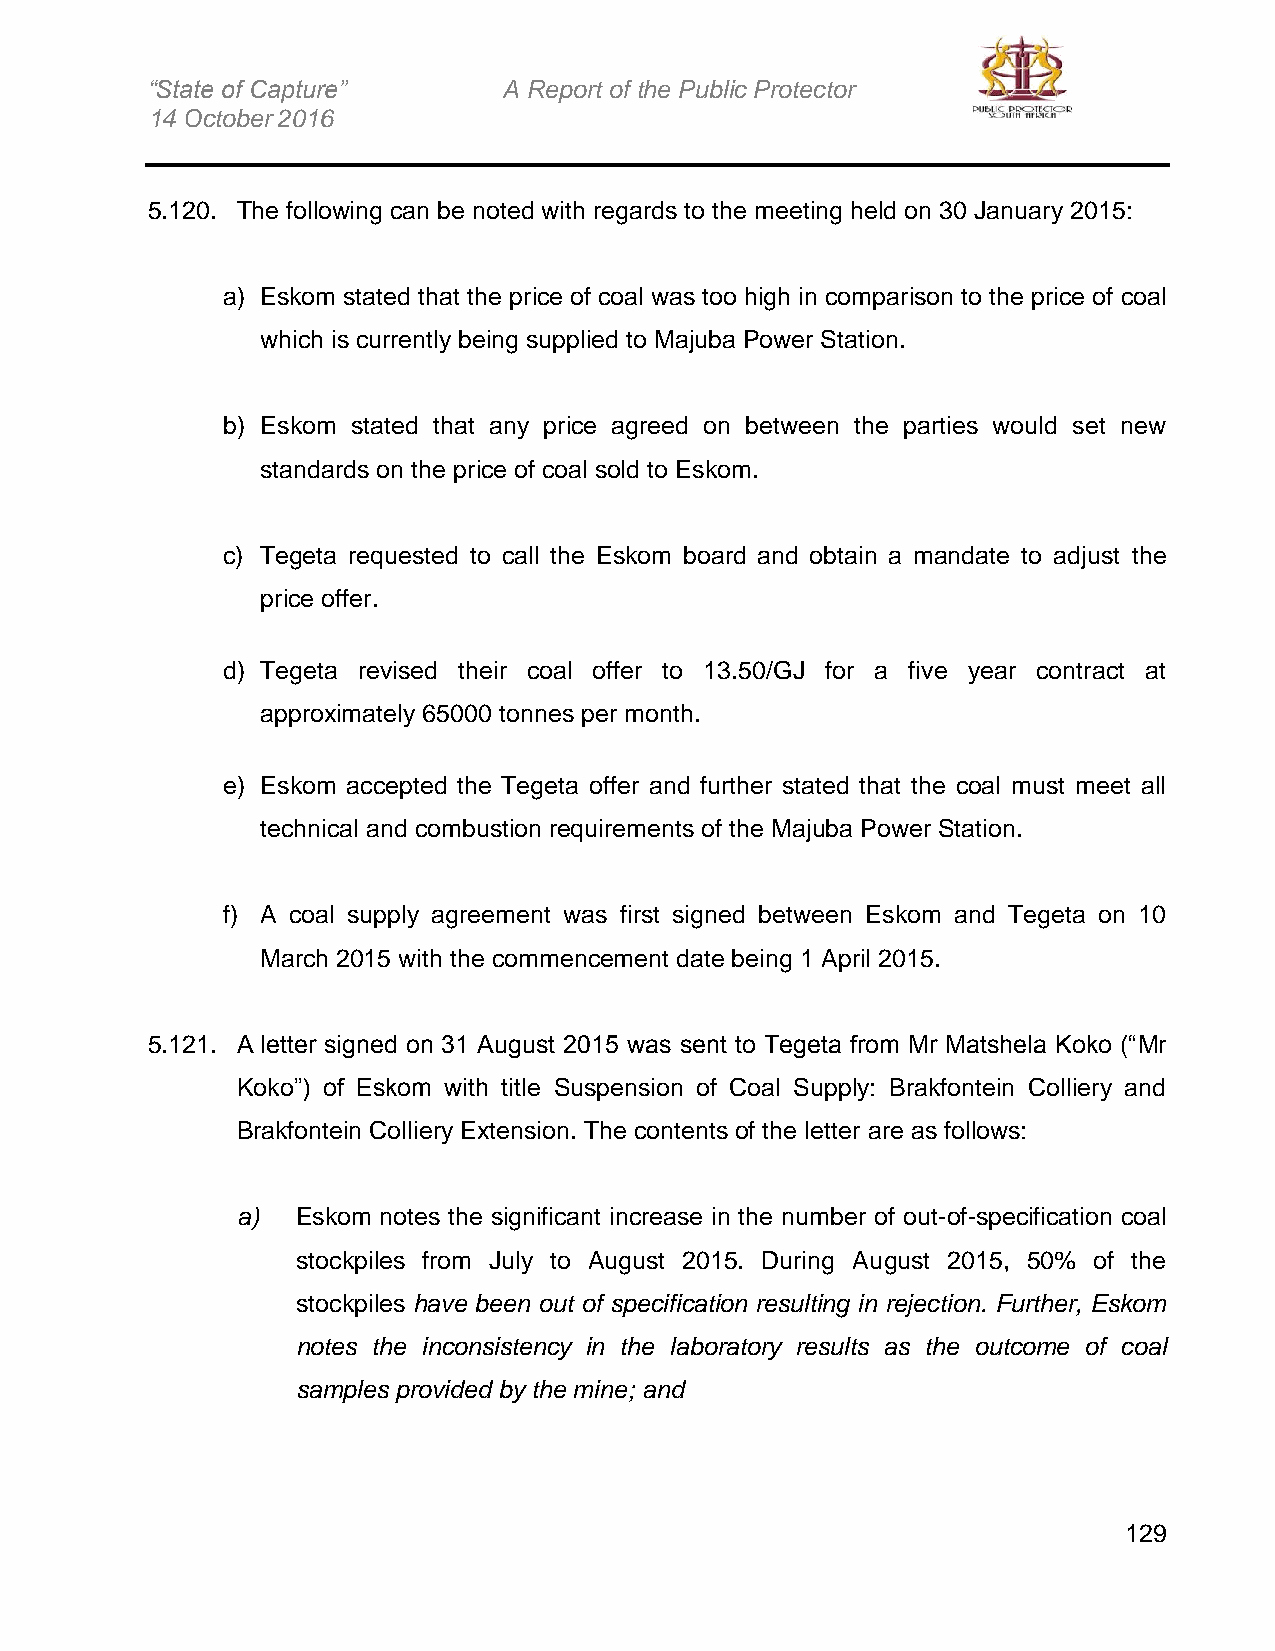
“State of Capture”     A Report of the Public Protector
 14 October 2016
 5.120. The following can be noted with regards to the meeting held on 30 January 2015:
 a) Eskom stated that the price of coal was too high in comparison to the price of coal
 which is currently being supplied to Majuba Power Station.
 b) Eskom stated that any price agreed on between the parties would set new
 standards on the price of coal sold to Eskom.
 c) Tegeta requested to call the Eskom board and obtain a mandate to adjust the
 price offer.
 d) Tegeta revised their coal offer to 13.50/GJ for a five year contract at
 approximately 65000 tonnes per month.
 e) Eskom accepted the Tegeta offer and further stated that the coal must meet all
 technical and combustion requirements of the Majuba Power Station.
 f) A coal supply agreement was first signed between Eskom and Tegeta on 10
 March 2015 with the commencement date being 1 April 2015.
 5.121. A letter signed on 31 August 2015 was sent to Tegeta from Mr Matshela Koko (“Mr
 Koko”) of Eskom with title Suspension of Coal Supply: Brakfontein Colliery and
 Brakfontein Colliery Extension. The contents of the letter are as follows:
 a)  Eskom notes the significant increase in the number of out-of-specification coal
 stockpiles from July to August 2015. During August 2015, 50% of the
 stockpiles have been out of specification resulting in rejection. Further, Eskom
 notes the inconsistency in the laboratory results as the outcome of coal
 samples provided by the mine; and
 129